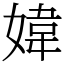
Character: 媁